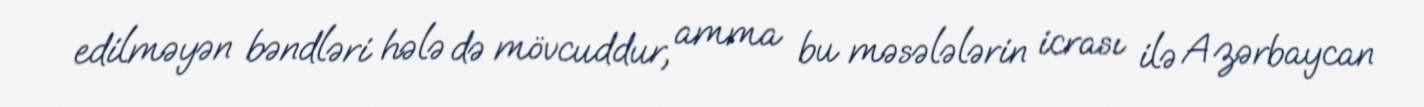
edilməyən bəndləri hələ də mövcuddur, amma bu məsələlərin icrası ilə Azərbaycan